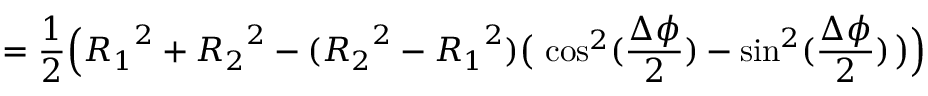
= \frac { 1 } { 2 } \Big ( { R _ { 1 } } ^ { 2 } + { R _ { 2 } } ^ { 2 } - ( { R _ { 2 } } ^ { 2 } - { R _ { 1 } } ^ { 2 } ) \big ( \, \cos ^ { 2 } ( \frac { \Delta \phi } { 2 } ) - \sin ^ { 2 } ( \frac { \Delta \phi } { 2 } ) \, \big ) \Big )